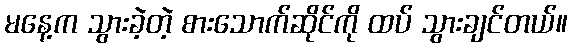
မနေ့က သွားခဲ့တဲ့ စားသောက်ဆိုင်ကို ထပ် သွားချင်တယ်။